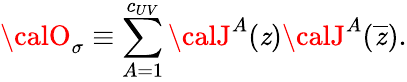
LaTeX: {\calO}_{\sigma}\equiv\sum_{A=1}^{c_{UV}}{\calJ}^{A}(\mathit{z}){\calJ}^{A}(\overline{{{\mathit{z}}}}).